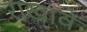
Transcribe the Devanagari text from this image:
राखावे